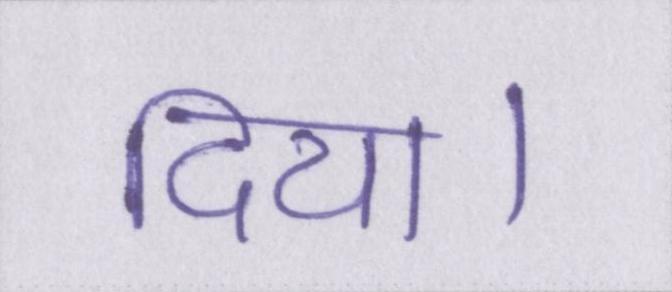
दिया।